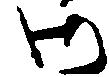
御